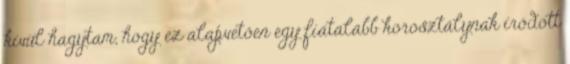
kívül hagytam, hogy ez alapvetően egy fiatalabb korosztálynak íródott